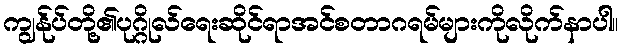
ကျွန်ုပ်တို့၏ပုဂ္ဂိုလ်ရေးဆိုင်ရာအင်စတာဂရမ်များကိုလိုက်နာပါ။